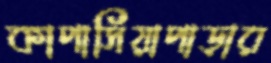
কাপাসিয়াপাড়ার